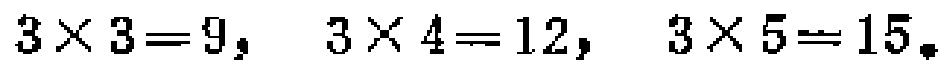
\(3\times 3 = 9,\ 3\times 4 = 12,\ 3\times 5 = 15\)